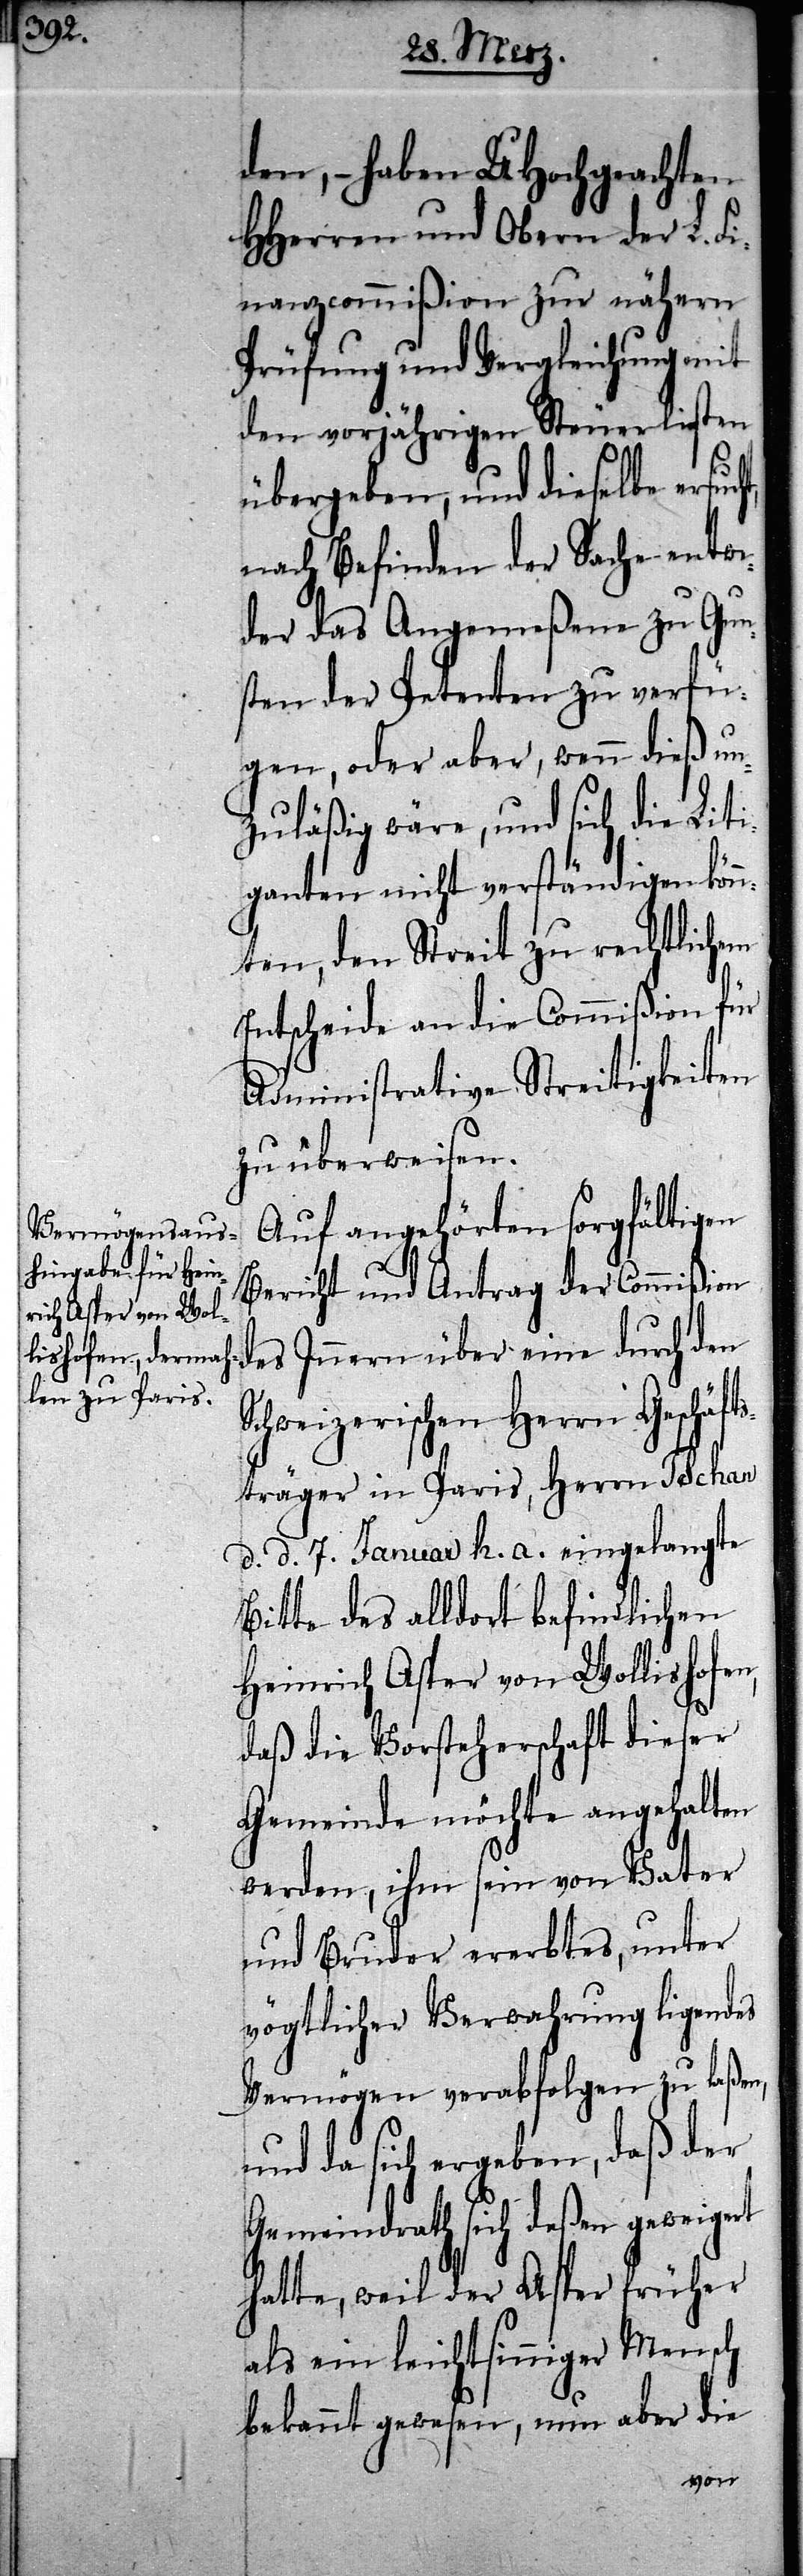
den, – haben UHochgeachten
HHerren und Obern der L. F¬
inanzcommißion zur nähern
Prüfung und Vergleichung mit
den vorjährigen Steuerlisten
übergeben, und dieselbe
nach Befinden der Sache entwe¬
der das Angemeßene zu Gun¬
sten der Petenten zu verfü¬
gen, oder aber, wenn dieß un¬
zuläßig wäre, und sich die Liti¬
ganten nicht verständigen kön¬
nten, den Streit zu rechtlichem
Entscheide an die Commißion für
Administrative Streitigkeiten
zu überweisen.
Auf angehörten sorgfältigen
Bericht und Antrag der Commißion
des Innern über eine durch den
Schweizerischen Herrn Geschäft¬
sträger in Paris, Herrn Tschan
d. d. 7. Januar h. a. eingelangte
Bitte des alldort befindlichen
Heinrich Asper von Wollishofen,
daß die Vorsteherschaft dieser
Gemeinde möchte angehalten
werden, ihm sein von Vater
und Bruder ererbtes, unter
vögtlicher Verwahrung ligendes
Vermögen verabfolgen zu laßen,
und da sich ergeben, daß der
Gemeindrath sich deßen geweigert
hatte, weil der Asper früher
als ein leichtsinniger Mensch
bekannt gewesen, nun aber die